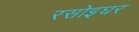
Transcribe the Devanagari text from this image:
रसोइघर